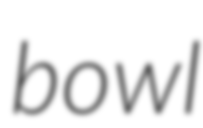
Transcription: bowl